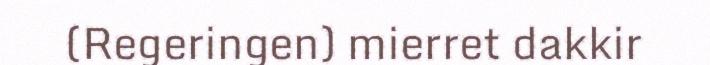
(Regeringen) mierret dakkir